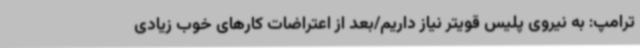
ترامپ: به نیروی پلیس قویتر نیاز داریم/بعد از اعتراضات کارهای خوب زیادی